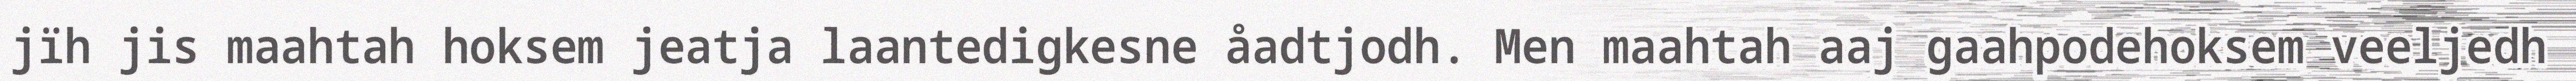
jïh jis maahtah hoksem jeatja laantedigkesne åadtjodh. Men maahtah aaj gaahpodehoksem veeljedh